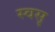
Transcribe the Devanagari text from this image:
स्वसृ